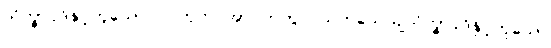
သိက္ခာပုဒ်နှင့်တူသော၊ လဟုက အာပတ်တွင် သဟသေယျသိက္ခာပုဒ်နှင့်တူသော